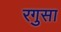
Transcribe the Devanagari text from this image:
रगुसा